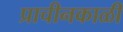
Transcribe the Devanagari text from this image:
प्राचीनकाळीं